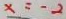
x = - 2